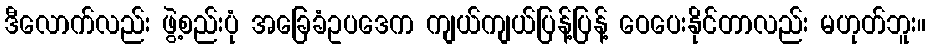
ဒီလောက်လည်း ဖွဲ့စည်းပုံ အခြေခံဥပဒေက ကျယ်ကျယ်ပြန့်ပြန့် ဝေပေးနိုင်တာလည်း မဟုတ်ဘူး။